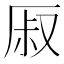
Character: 𰆜